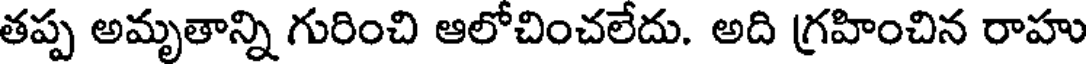
తప్ప అమృతాన్ని గురించి ఆలోచించలేదు. అది గ్రహించిన రాహు